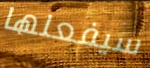
سيفعلها